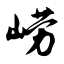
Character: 崂